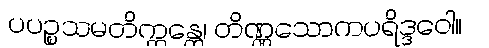
ပပဉ္စသမတိက္ကန္တေ၊ တိဏ္ဏသောကပရိဒ္ဒဝေါ။